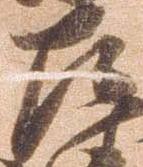
左